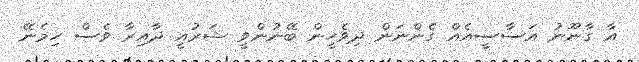
އާ ގާނޫނު އަސާސީއެއް ގެންނަން ދިވެހީން ބޭނުންވީ ޝަރުއީ ދާއިރާ ވެސް ހިމެނޭ